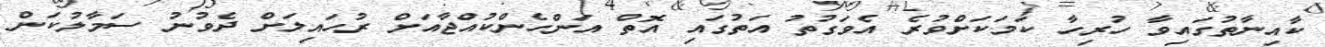
ކާއިނާތުގައިވާ ހުރިހާ ކަމަކަށްވުރެ އެވަގުތު އަތުގައި އޮތް އަންހެންކުއްޖާއަށް ރުހައިލަށް ދެވުނު ސަމާލުކަން